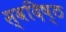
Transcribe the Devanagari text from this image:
स्वदिष्ठ